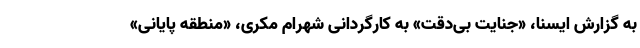
به گزارش ایسنا، «جنایت بی‌دقت» به کارگردانی شهرام مکری، «منطقه پایانی»